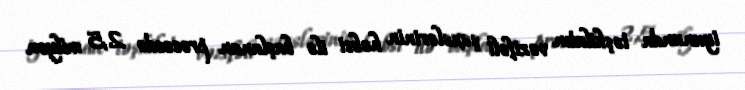
iyununda təşkilatın vəzifəli şəxslərinin həbsi ilə başlanan prosesdə 2,5 milyon